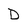
Character: D